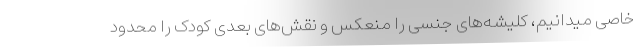
خاصی میدانیم، کلیشه‌های جنسی را منعکس و نقش‌های بعدی کودک را محدود